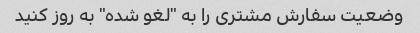
وضعیت سفارش مشتری را به "لغو شده" به روز کنید